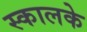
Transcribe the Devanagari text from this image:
स्कालके